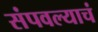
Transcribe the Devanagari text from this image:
संपवल्याचं